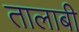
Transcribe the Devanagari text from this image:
तालाबी